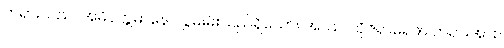
တရားသည်။ အဓိဝတ္တမာနေ၊ လွှမ်းမိုးသည်ရှိသော်။ အဿ၊ ထိုဇရာမရဏ တရားအား။